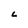
Character: L